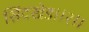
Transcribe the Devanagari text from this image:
सिंदखेड।।२।।